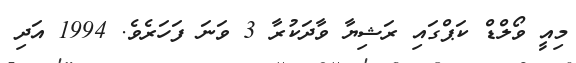
މިއީ ވޯލްޑް ކަޕްގައި ރަޝިޔާ ވާދަކުރާ 3 ވަނަ ފަހަރެވެ. 1994 އަދި